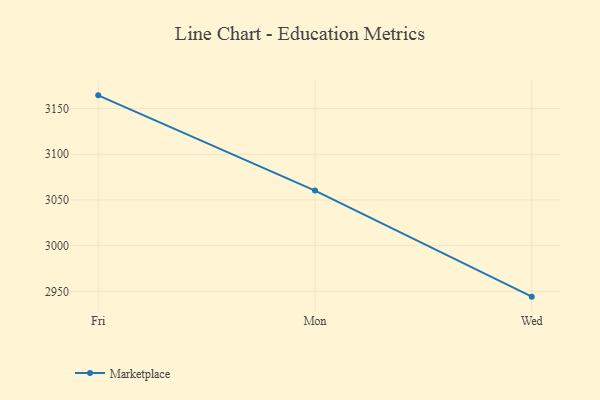
{"axis": {"x": "Day", "y": "Satisfaction Score"}, "legend": ["Marketplace"], "data": [{"x": "Fri", "y": 3164.5, "type": "Marketplace"}, {"x": "Mon", "y": 3060.3, "type": "Marketplace"}, {"x": "Wed", "y": 2944.2, "type": "Marketplace"}]}